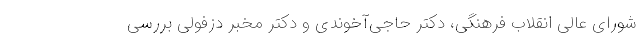
شورای عالی انقلاب فرهنگی، دکتر حاجی‌آخوندی و دکتر مخبر دزفولی بررسی